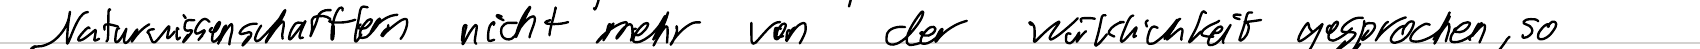
Naturwissenschaften nicht mehr von der Wirklichkeit gesprochen, so